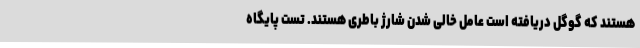
هستند که گوگل دریافته است عامل خالی شدن شارژ باطری هستند. تست پایگاه